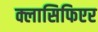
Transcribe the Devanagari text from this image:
क्लासिफिएर